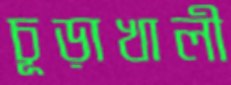
চূড়াখালী